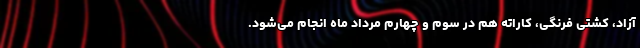
آزاد، کشتی فرنگی، کاراته هم در سوم و چهارم مرداد ماه انجام می‌شود.